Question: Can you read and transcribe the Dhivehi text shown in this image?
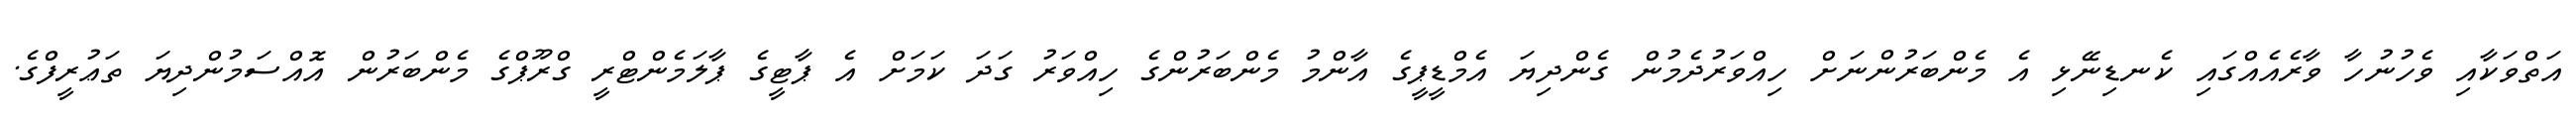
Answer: އަތްވަކާއި ވެހުނުހާ ވާރެއެއްގައި ކެނޑިނޭޅި އެ މެންބަރުންނަށް ހިއްވަރުދެމުން ގެންދިޔަ އެމްޑީޕީގެ އާންމު މެންބަރުންގެ ހިއްވަރު ގަދަ ކަމަށް އެ ޕާޓީގެ ޕާލަމެންޓްރީ ގްރޫޕްގެ މެންބަރުން އޮއްސަމުންދިޔަ ތަޢުރީފްގެ.